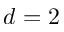
d = 2